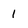
Character: 1